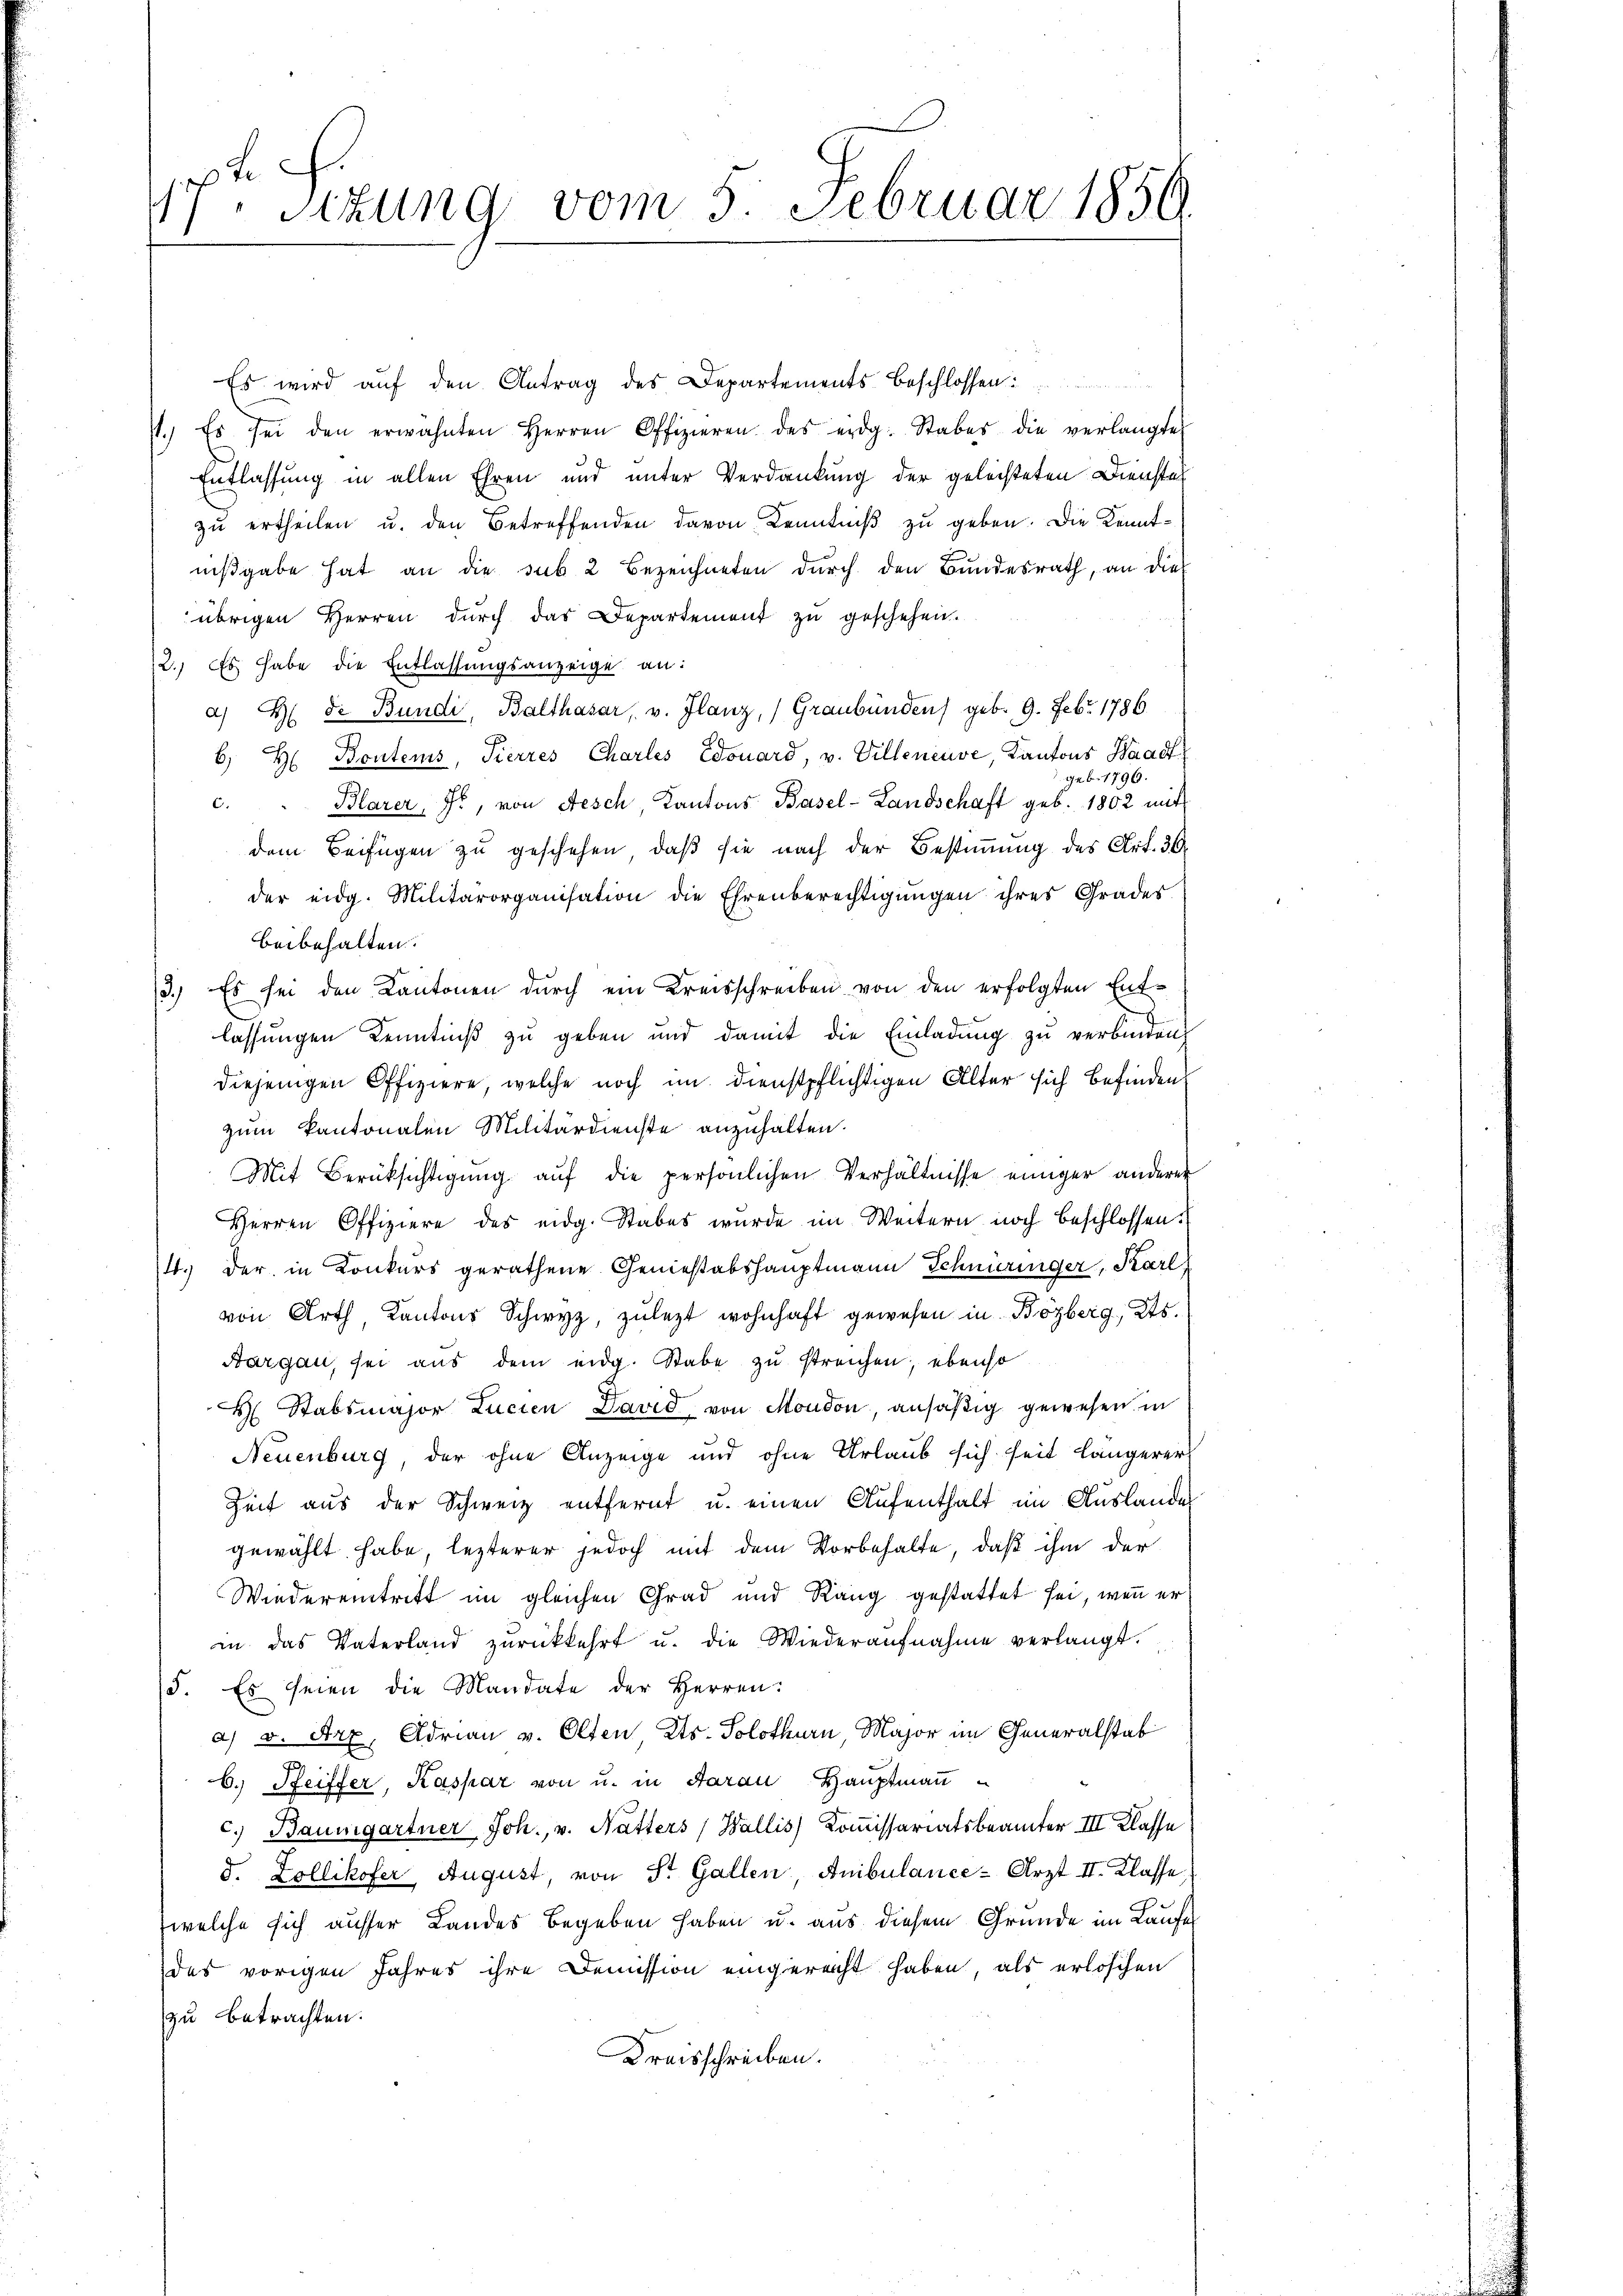
F.
17. Sitzung vom 5. Februar 1856.

Es wird aŭf den Antrag des Departements-Beschlossen:
7.) Es sei den erwähnten Herren Offizieren des eidg. Stabes die verlangte
Entlassung in allen Ehren und unter Verdankung der gelechteten Dienstel
zu ertheilen u. den Betreffenden davon Kenntniß zu geben. Die Kenntnißgabe hat an die sub 2 bezeichneten durch den Bundesrath, an die
übrigen Herren dŭrch das Departement zŭ geschehen.
2.) Es habe die Entlassungsanzeige an:
a) H de Bundi, Balthasar, v. Ilanz, (Graubünden) geb. 9. Febr. 1786
b. H. Bonters, Tierres Charles Edouard, v. Villeneuve, Kantons Baad
geb. 1796.
C.
Blarer, J., von Aesch, Cantons Basel-Landschaft geb. 1862 mit
dem Beifügen zu geschehen, daß sie nach der Bestimmung des Art. 36
der eidg. Militärorganisation die Ehrenberechtigŭngen ihres Grades
beibehalten.
3.) Es sei den Kantonen durch ein Kreisschreiben von den erfolgten Entlassungen Kenntniß zu geben und damit die Einladung zu verbinden.
diejenigen Offiziere, welche noch im dienstpflichtigen Alter sich befinden
zum Kantonalen Militärdienste anzuhalten.
Mit Berüksichtigŭng aŭf die persönlichen Verhältnisse einiger anderer
Herren Offiziere des eidg. Stabes wurde im Weitern noch beschlossen:
14. der in Konkurs gerathene Geniestabshauptmann Schnüringer, Karl
von Arth Kantons Schwyz, zulezt wohnhaft gewesen in Bözberg, Kts.
Aargau, sei aŭs dem eidg. Stabe zŭ streichen; ebenso
 Stabsmajor Lucien David von Moudon, ansäßig gewesen in
Neuenburg, der ohne Anzeige und ohne Urlaub sich seit längerer
Zeit aus der Schweiz entfernt u. einen Aufenthalt im Auslandes
gewählt habe, lezterer jedoch mit dem Vorbehalte, daß ihm der
Wiedereintritt im gleichen Grad und Rang gestattet sei, wenn er
in das Vaterland zŭrückkehrt u. die Wiederaŭfnahme verlangt.
5. Es seien die Mandate der Herren:
a) v. Arx, Adrian v. Olten, Kts. Solothurn Major im Generalstat
6.) Seiffer, Kaspar von u. in Aarau Hauptmaṅ
c.) Baumgartner Joh., v. Natters (Wallis Kommissariatsbeamter III Klasse
d. Zollikofer August, von St. Gallen, Anibulance-Arzt II. Klasse
welche sich ausser Landes begeben haben u. aus diesem Grunde im Laufe
das vorigen Jahres ihre Demission eingereicht haben, als erlöschen
zu betrachten.
Kreisschreiben.